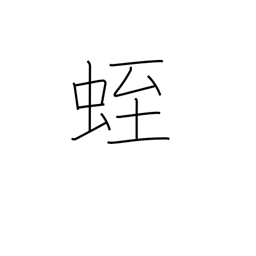
Meaning: leech